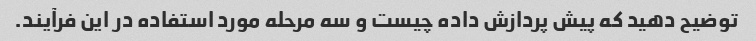
توضیح دهید که پیش پردازش داده چیست و سه مرحله مورد استفاده در این فرآیند.